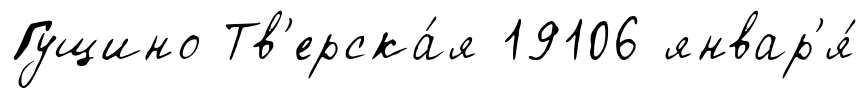
Гущино Тв'ерска́я 19106 январ'я́